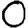
Digit: 0